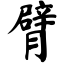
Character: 臂